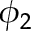
\phi _ { 2 }